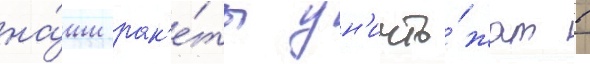
на́ши рак'е́ты ун'ичто́жат в